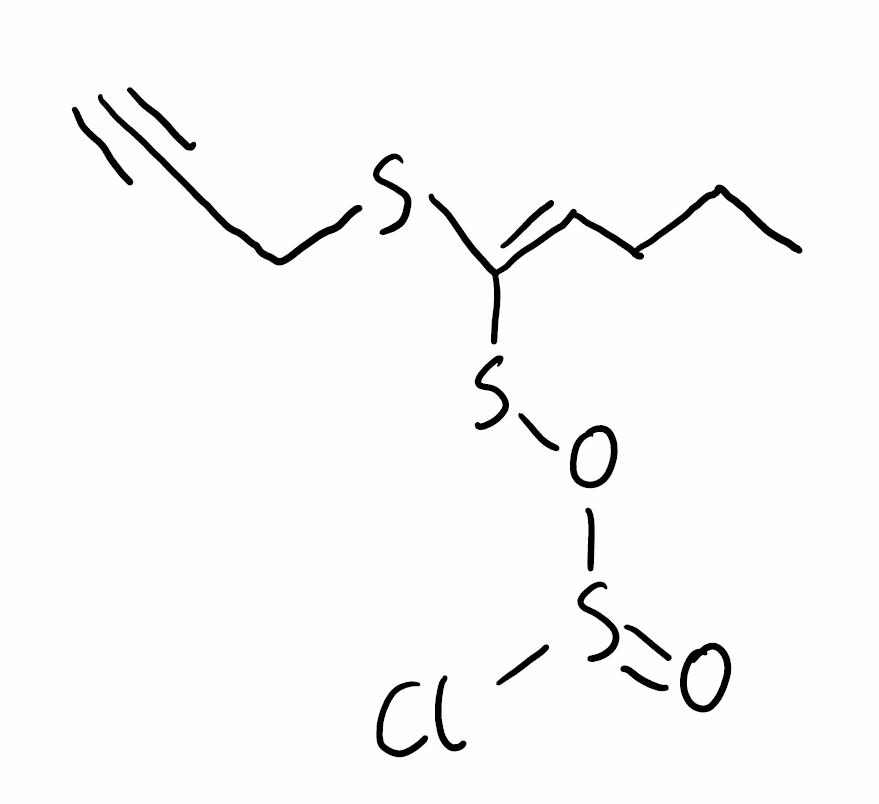
Simplified molecular-input line-entry system (SMILES) notation of the given molecule:
CCC/C=C(/SCC#C)\SOS(=O)Cl